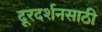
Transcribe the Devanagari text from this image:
दूरदर्शनसाठी